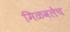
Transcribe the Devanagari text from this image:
मिळवलेच